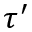
\tau ^ { \prime }